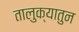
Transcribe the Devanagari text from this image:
तालुक्यातुन